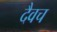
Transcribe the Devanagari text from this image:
दैवच